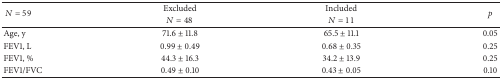
<table><thead><tr><td rowspan="2"><b> <i>N</i> = 59</b></td><td><b>Excluded</b></td><td><b>Included</b></td><td rowspan="2"><b><i>p</i></b></td></tr><tr><td><b><i>N</i> = 48</b></td><td><b><i>N</i> = 11</b></td></tr></thead><tbody><tr><td>Age, y</td><td>71.6 ± 11.8</td><td>65.5 ± 11.1</td><td>0.05</td></tr><tr><td>FEV1, L</td><td>0.99 ± 0.49</td><td>0.68 ± 0.35</td><td>0.25</td></tr><tr><td>FEV1, %</td><td>44.3 ± 16.3</td><td>34.2 ± 13.9</td><td>0.25</td></tr><tr><td>FEV1/FVC</td><td>0.49 ± 0.10</td><td>0.43 ± 0.05</td><td>0.10</td></tr></tbody></table>